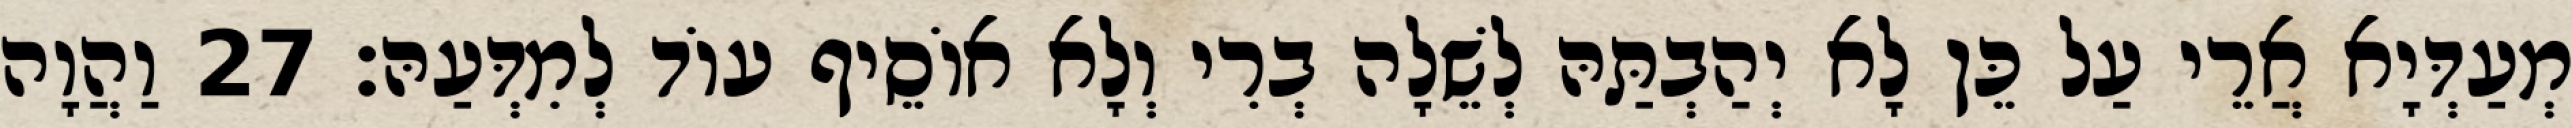
מְעַדְּיָא אֲרֵי עַל כֵּן לָא יְהַבְתַּהּ לְשֵׁלָה בְרִי וְלָא אוֹסֵיף עוֹד לְמִדְּעַהּ׃ 27 וַהֲוָה